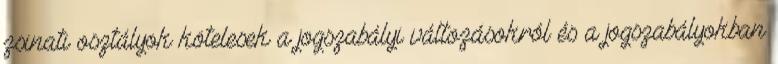
zsinati osztályok kötelesek a jogszabályi változásokról és a jogszabályokban